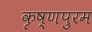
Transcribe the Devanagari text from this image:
कृष्णपुरम